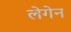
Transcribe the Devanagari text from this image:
लेगेन